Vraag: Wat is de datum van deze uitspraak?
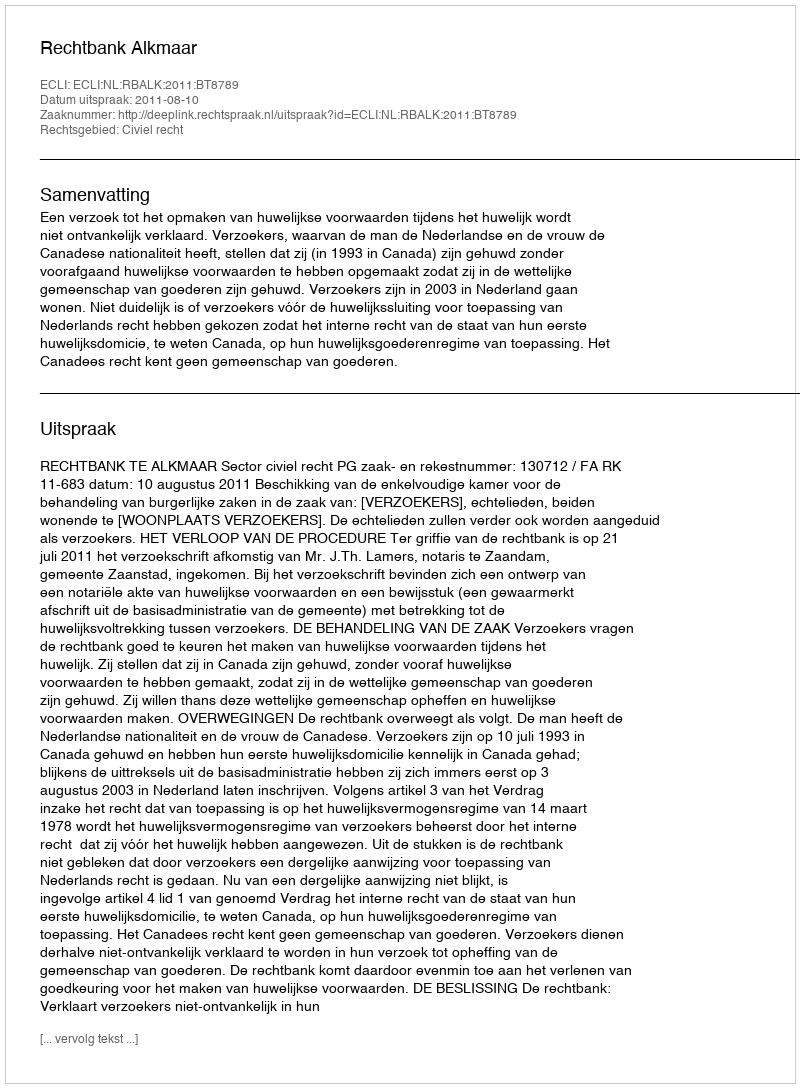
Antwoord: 2011-08-10